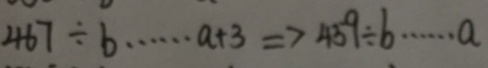
4 6 7 \div b \cdots a + 3 \Rightarrow 4 5 9 \div b \cdots a